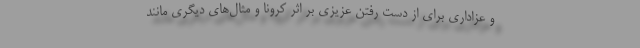
و عزاداری برای از دست رفتن عزیزی بر اثر کرونا و مثال‌های دیگری مانند